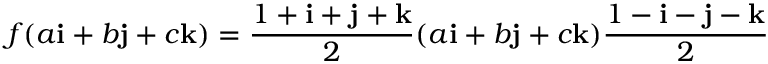
f ( a \mathbf { i } + b \mathbf { j } + c \mathbf { k } ) = { \frac { 1 + \mathbf { i } + \mathbf { j } + \mathbf { k } } { 2 } } ( a \mathbf { i } + b \mathbf { j } + c \mathbf { k } ) { \frac { 1 - \mathbf { i } - \mathbf { j } - \mathbf { k } } { 2 } }